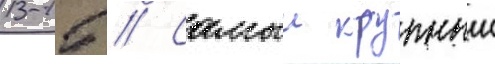
13-15 // Самыи крупныи